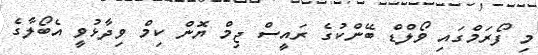
މި ފޯރަމްގައި ވޯލްޑް ބޭންކުގެ ރައީސް ޖިމް ޔޮން ކިމް ވިދާޅުވީ އެބޯލާގެ